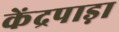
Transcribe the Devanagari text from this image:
केंद्रपाड़ा